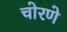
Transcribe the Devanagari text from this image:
चोरणे